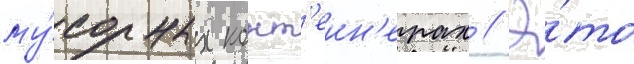
му́сорных конт'еин'ерах // Э́то